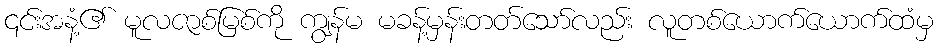
၎င်းအနံ့၏ မူလဇာစ်မြစ်ကို ကျွန်မ မခန့်မှန်းတတ်သော်လည်း လူတစ်ယောက်ယောက်ထံမှ